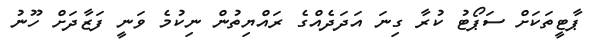
ޕާޓީތަކަށް ސަޕޯޓު ކުރާ ގިނަ އަދަދެއްގެ ރައްޔިތުން ނިކުމެ ވަނީ ފަޒާދަށް ހޫނު